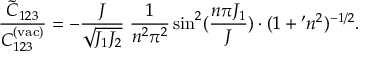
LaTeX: \frac { \tilde { C } _ { 1 2 3 } } { C _ { 1 2 3 } ^ { ( \mathrm { v a c ) } } } = - \frac { J } { \sqrt { J _ { 1 } J _ { 2 } } } \; \frac { 1 } { n ^ { 2 } \pi ^ { 2 } } \sin ^ { 2 } ( \frac { n \pi J _ { 1 } } { J } ) \cdot ( 1 + \l ^ { \prime } n ^ { 2 } ) ^ { - 1 / 2 } .